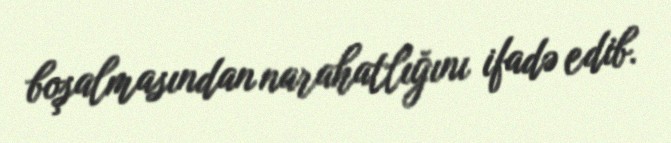
boşalmasından narahatlığını ifadə edib.